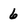
Character: 6